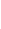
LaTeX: \! \! \! \! \! \! \! \! \! \! \! \Theta\! \! \! \! \! \! \! \! \! \! \! \! (\mathtt{t}\! \! \! \! \! \! \! \! \! \! \! \! )\! \! \! \! \! \! \! \! \! \! \! \! =A\! \! \! \! \! \! \! \! \! \! \! \! (\! \! \! \! \! \! \! \! \! \! \! \! \theta\! \! \! \! \! \! \! \! \! \! \! \! (\mathtt{t}\! \! \! \! \! \! \! \! \! \! \! \! )\! \! \! \! \! \! \! \! \! \! \! \! )\! \! \! \! \! \! \! \! \! \! \!